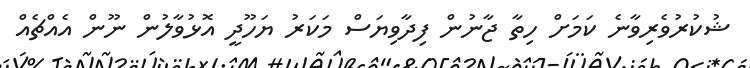
ޝުކުރުވެރިވާނެ ކަމަށް ހިތާ ޖާނުން ފިދާވިޔަސް މަކަރު ޔަހޫދީ އޮޅުވާލުން ނޫން އެއްޗެއް